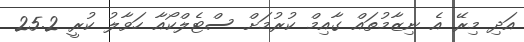
އަދި މިރޭ އެ ނިޒާމުތައް ގާއިމް ކުރުމަށް ސްޓެލްކޯއާ ހަވާލު ކުރީ 25.2